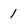
Character: 1